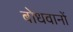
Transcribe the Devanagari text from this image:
बोधवानों